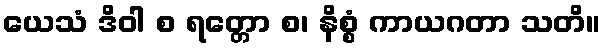
ယေသံ ဒိဝါ စ ရတ္တော စ၊ နိစ္စံ ကာယဂတာ သတိ။